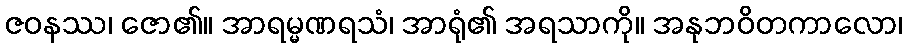
ဇဝနဿ၊ ဇော၏။ အာရမ္မဏရသံ၊ အာရုံ၏ အရသာကို။ အနုဘဝိတကာလော၊